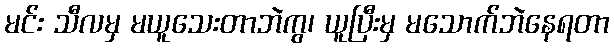
မင်း သီလမှ မယူသေးတာဘဲကွ၊ ယူပြီးမှ မသောက်ဘဲနေရတာ